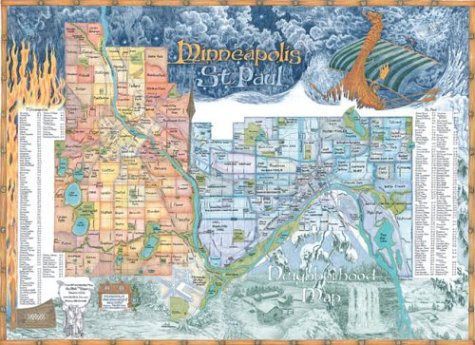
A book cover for Minneapolis - St. Paul Neighborhood Map; Chris Devane; Travel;